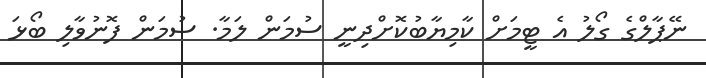
ނޭޕާލްގެ ގޯލު އެ ޓީމަށް ކާމިޔާބުކޮށްދިނީ ސުމަން ލަމާ. ސުމަން ފޮނުވާލި ބޯޅަ